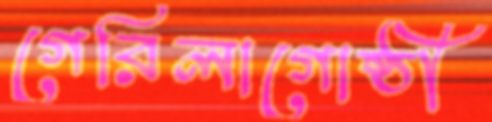
গেরিলাগোষ্ঠী